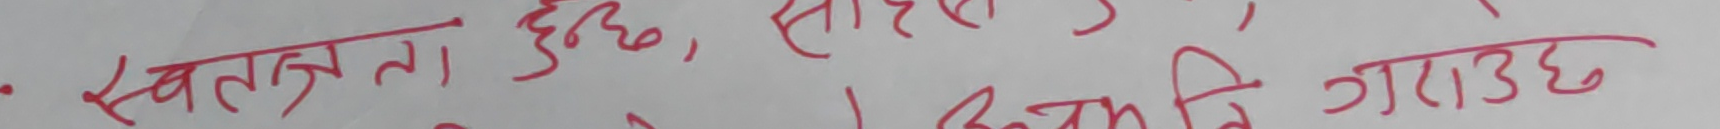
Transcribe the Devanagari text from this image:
स्वतन्त्रता हुन्छ, सारै राम्रो प्रगति गराउँछ।